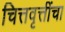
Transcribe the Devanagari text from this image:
चित्तवृत्तींचा